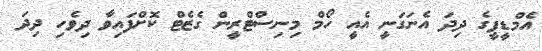
އެމްޑީޕީގެ ދިދަ އެނަގަނީ އެއީ ހޯމް މިނިސްޓްރީން ގެޒެޓް ކޮށްފައިވާ ދިވެހި ދިދަ